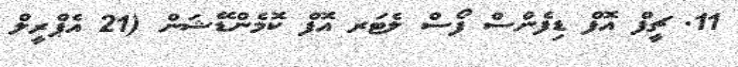
11. ޗީފް އޮފް ޑިފެންސް ފޯސް ލެޓަރ އޮފް ކޮމެންޑޭޝަން (21 އެޕްރީލް